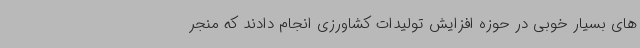
های بسیار خوبی در حوزه افزایش تولیدات کشاورزی انجام دادند که منجر